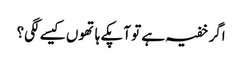
اگر خفیہ ہے تو آپکے ہاتھوں کیسے لگی؟